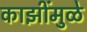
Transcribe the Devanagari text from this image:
काझींमुळे